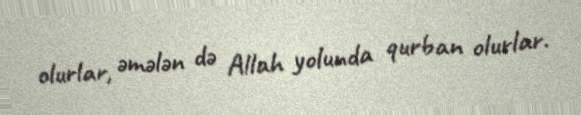
olurlar, əmələn də Allah yolunda qurban olurlar.